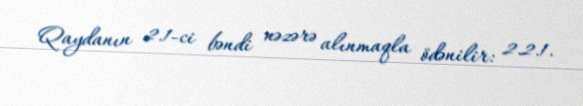
Qaydanın 2.1-ci bəndi nəzərə alınmaqla ödənilir: 2.2.1.